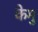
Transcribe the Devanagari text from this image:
केमु